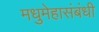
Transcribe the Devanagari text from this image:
मधुमेहासंबंधी